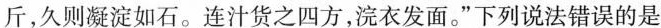
斤，久则凝淀如石。连汁货之四方，浣衣发面。”下列说法错误的是